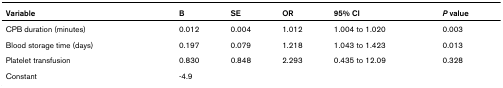
| Variable | B | SE | OR | 95% CI | P value |
 | --- | --- | --- | --- | --- | --- |
 | CPB duration (minutes) | 0.012 | 0.004 | 1.012 | 1.004 to 1.020 | 0.003 |
 | Blood storage time (days) | 0.197 | 0.079 | 1.218 | 1.043 to 1.423 | 0.013 |
 | Platelet transfusion | 0.830 | 0.848 | 2.293 | 0.435 to 12.09 | 0.328 |
 | Constant | -4.9 |  |  |  |  |